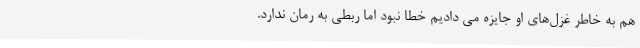
هم به خاطر غزل‌های او جایزه می دادیم خطا نبود اما ربطی به رُمان ندارد.